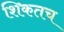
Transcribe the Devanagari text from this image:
शिकतच